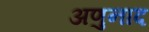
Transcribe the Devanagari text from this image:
अणुनाद